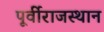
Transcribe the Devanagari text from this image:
पूर्वीराजस्थान